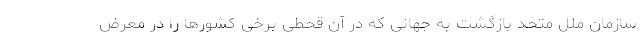
سازمان ملل متحد بازگشت به جهانی که در آن قحطی برخی کشورها را در معرض